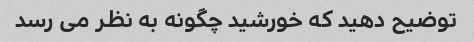
توضیح دهید که خورشید چگونه به نظر می رسد